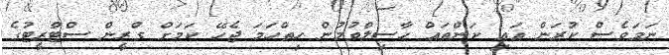
ނަމަވެސް ކުރަން އައި ކަންތައް ހާސިލްވުމުން ހިތްހަމަ ޖެހޭ ކަމަށް ގްރީން ސްޓްރީޓުގެ